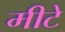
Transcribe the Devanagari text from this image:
मीटे